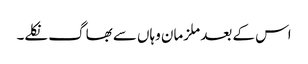
اس کے بعد ملزمان وہاں سے بھاگ نکلے۔